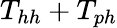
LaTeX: T_{hh}+T_{ph}